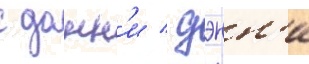
с донн'и / дэнн'и